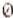
0